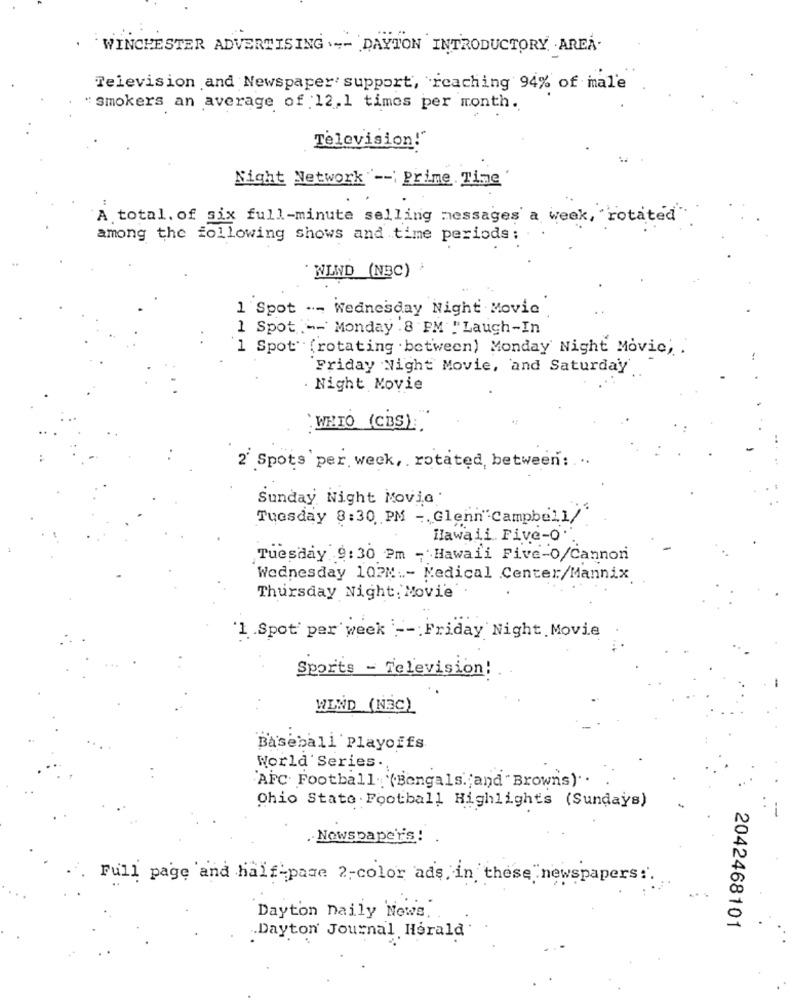
. WINCHESTER ADVERTISING .-- DAYTON INTRODUCTORY AREA-
Television and Newspaper support, reaching 94% of mal'e
"smokers an average of 12.1 times per month.
Television!"
Night Network -- Prime Time'
A total. of six full-minute selling messages a week, "rotated"
among the following shows and time periods:
WIND (NBC) .
1 Spot .- Wednesday Night Movie
1 Spot -- Monday 8 PM "Laugh-In
1 Spot (rotating between) Monday Night Movie, .
Friday Night Movie, and Saturday
Night Movie
WETO (CBS).
2' Spots per week, rotated, between: ...
Sunday Night Movie
Tuesday 8:30 PM - Glenn"Campbell/
Hawaii Five-o.
Tuesday 9:30 Pm - Hawaii Five-O/Cannon
Wednesday 102M .- Medical Center/Mannix
Thursday Night, Movie
1.Spot' per week -- Friday Night Movie
Sports - Television!
WIND (N3C)
Baseball Playoffs
World Series.
AFC Football. (Bengals .; and " Brown's). .
Ohio State . Football Highlights (Sundays)
. Newspaper's!
Full page and half-page 2-color ads, in these newspapers :.
Dayton Daily News.
2042468101
.Dayton' Journal Herald'